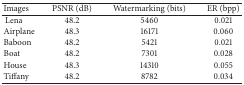
<table><thead><tr><td><b>Images</b></td><td><b>PSNR (dB)</b></td><td><b>Watermarking (bits)</b></td><td><b>ER (bpp)</b></td></tr></thead><tbody><tr><td> Lena</td><td>48.2</td><td>5460</td><td>0.021</td></tr><tr><td>Airplane</td><td>48.3</td><td>16171</td><td>0.060</td></tr><tr><td>Baboon</td><td>48.2</td><td>5421</td><td>0.021</td></tr><tr><td>Boat</td><td>48.2</td><td>7301</td><td>0.028</td></tr><tr><td>House</td><td>48.3</td><td>14310</td><td>0.055</td></tr><tr><td>Tiffany</td><td>48.2</td><td>8782</td><td>0.034</td></tr></tbody></table>